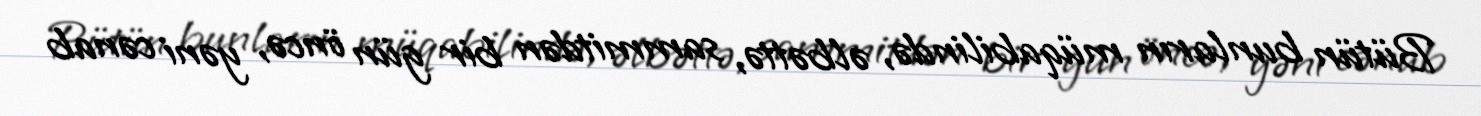
Bütün bunların müqabilində, əlbəttə, sammitdən bir gün öncə, yəni cənab